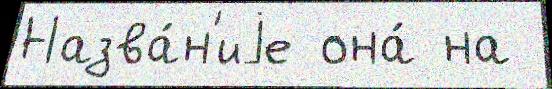
Назва́н'иjе она́ на